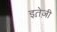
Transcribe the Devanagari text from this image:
इतेज़ी